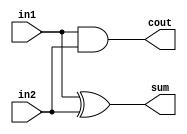
module half_adder(
    input in1,
    input in2,
    output sum,
    output cout
);
    xor x1(sum, in1, in2);
    and a1(cout, in1, in2);
    
endmodule